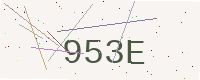
Text: 953E